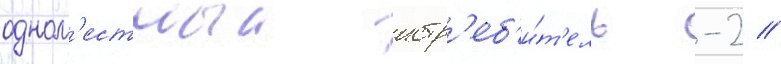
одном'естныи истр'еб'и́т'ель -2 //